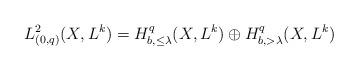
LaTeX: \begin{align*} L^2_{(0,q)}(X,L^k)=H^q_{b,\leq\lambda}(X, L^k)\oplus H^q_{b,>\lambda}(X, L^k)\end{align*}